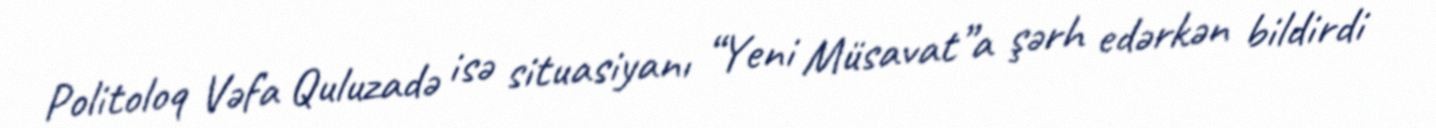
Politoloq Vəfa Quluzadə isə situasiyanı “Yeni Müsavat”a şərh edərkən bildirdi